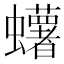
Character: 蠴